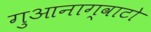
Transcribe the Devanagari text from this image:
गुआनाग्वाटो